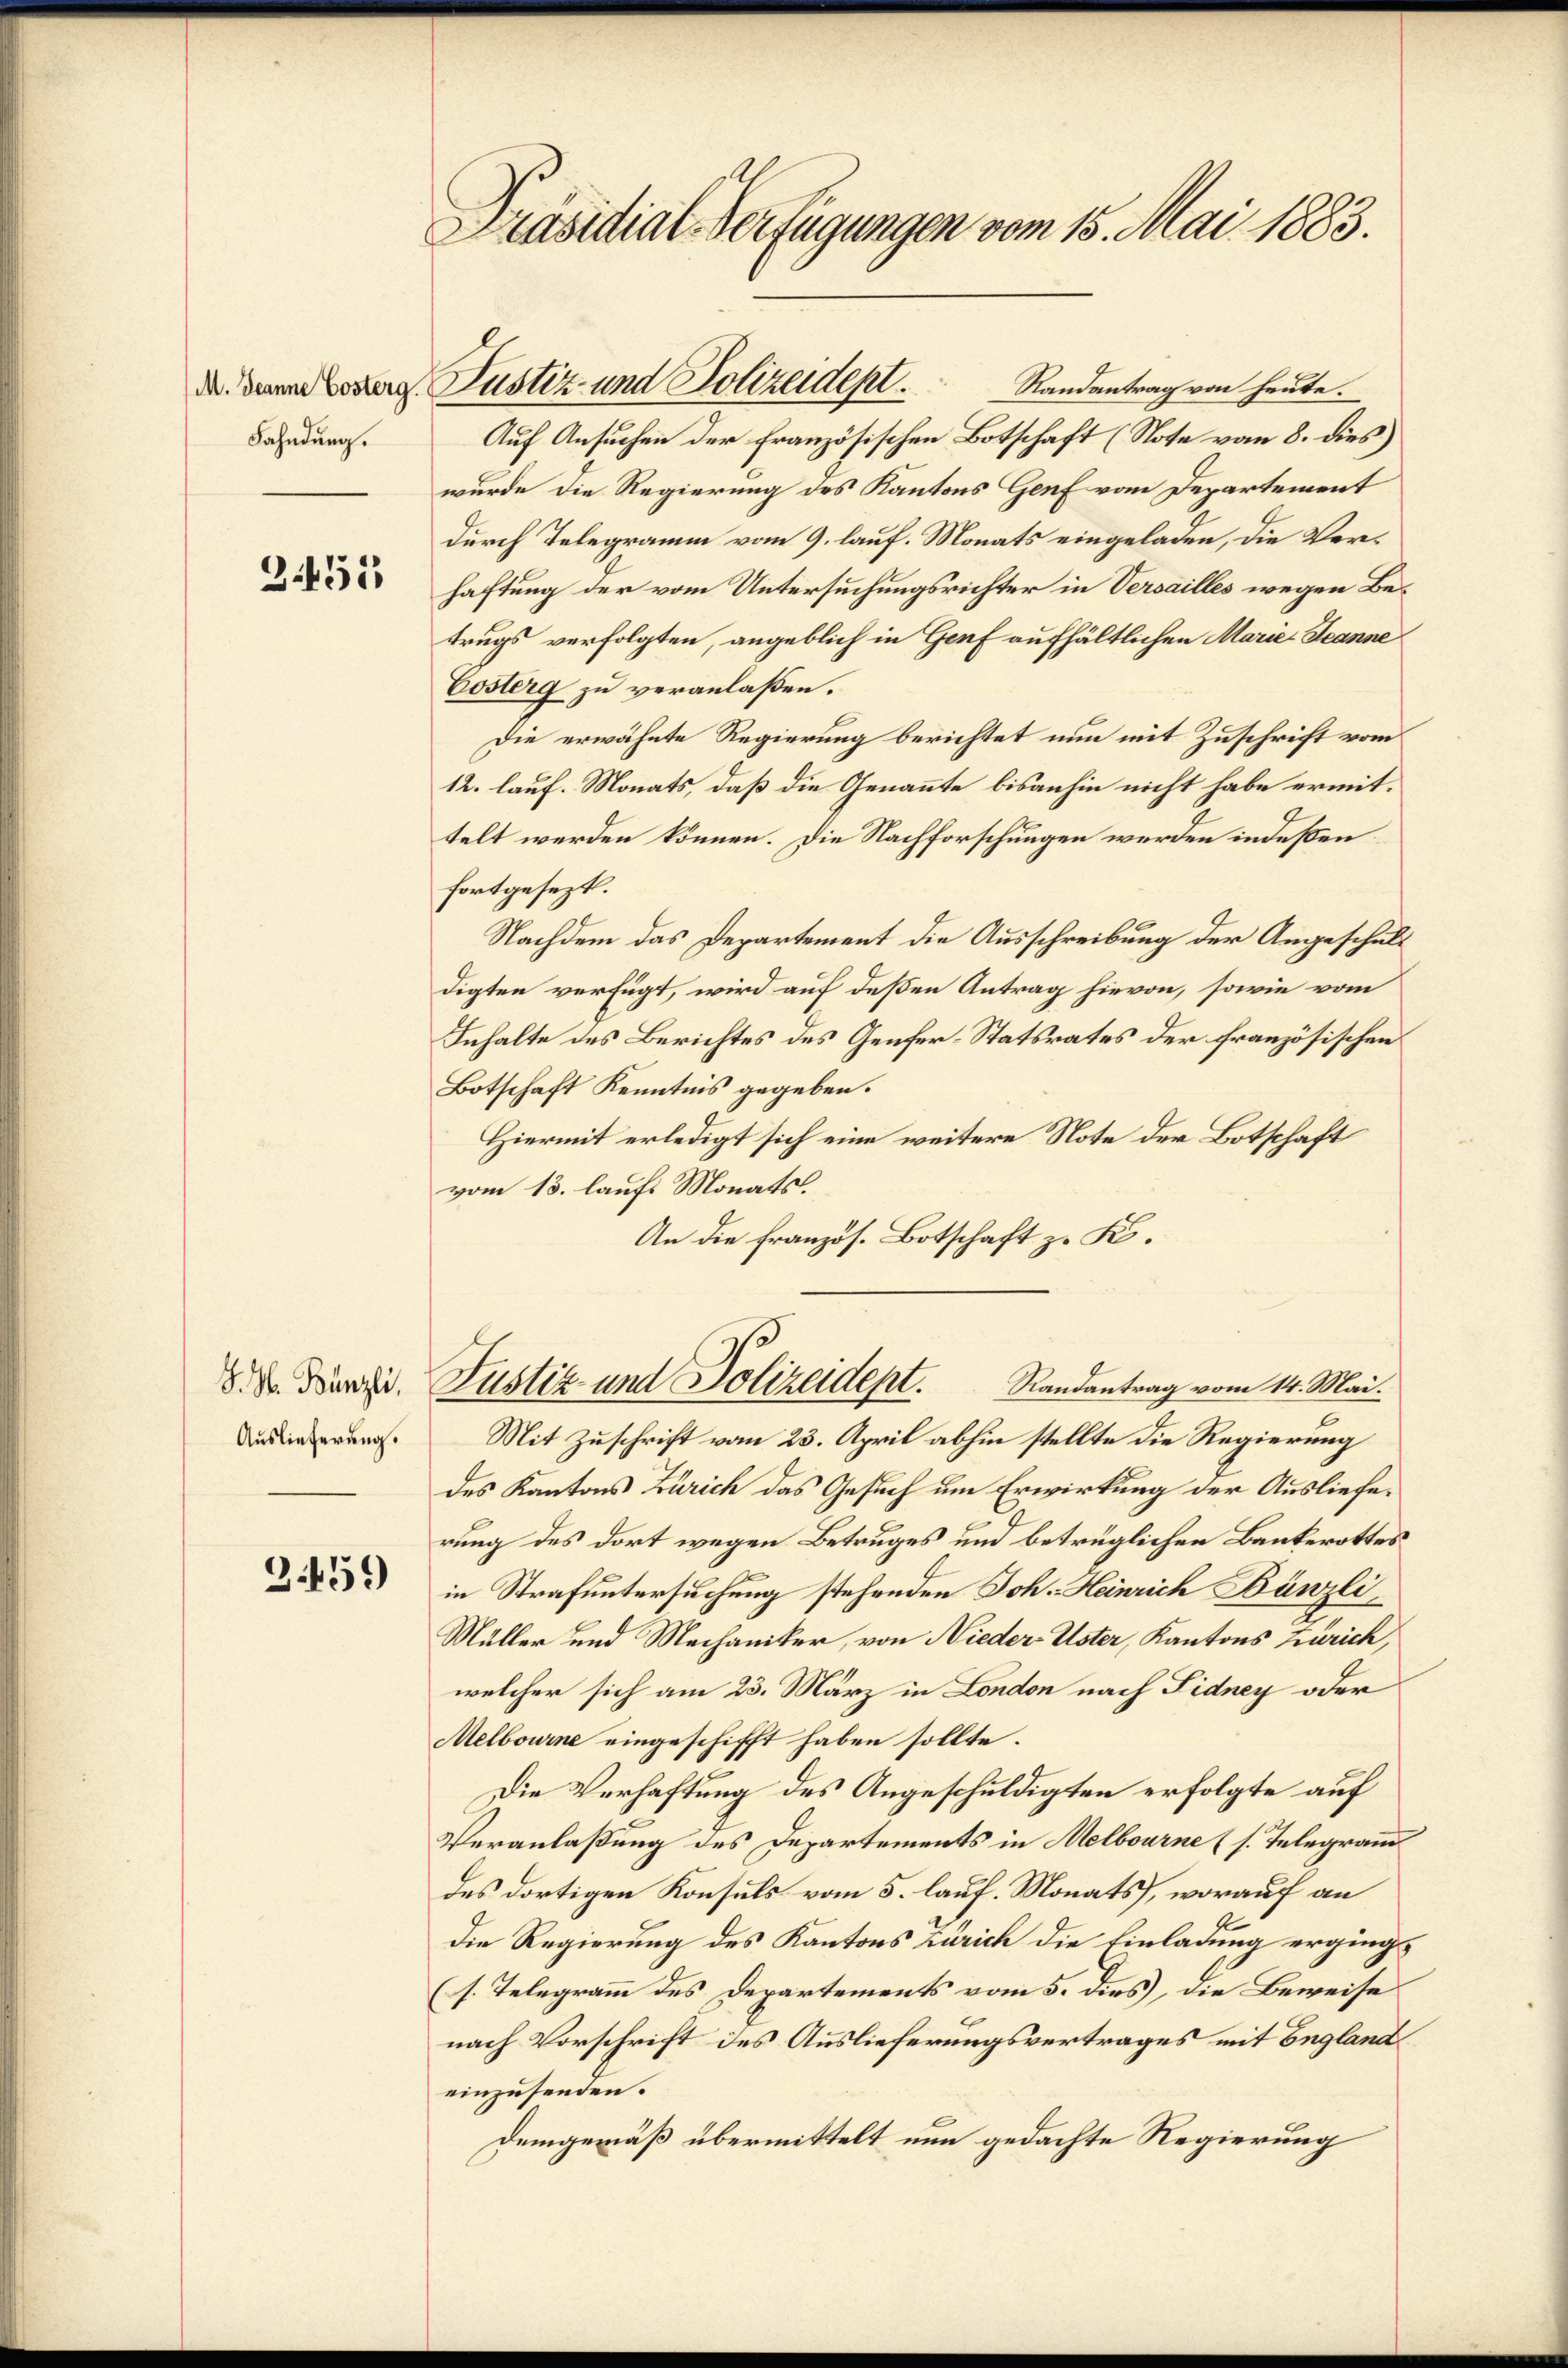
Fahndung.

3451

J. H. Bünzli,
Auslieferung.

3459)

Präsidial-Verfügungen vom 15. Mai 1883.

Randantrag von heute.
Auf Ansuchen der französischen Botschaft (Note vom 8. dies
wurde die Regierung des Kantons Genf vom Departement
durch Telegramm vom 9. lauf. Monats eingeladen, die Verhaftung der vom Untersuchungsrichter in Versailles wegen Betrugs verfolgten, angeblich in Genf aufhältlichen Marie Jeanne
Costerg zu veranlaßen.
Die erwähnte Regierung berichtet nun mit Zuschrift vom
12. lauf. Monats, daß die Genannte bisanhin nicht habe ermittelt werden können. Die Nachforschungen werden indeßen
fortgesezt.
Nachdem das Departement die Ausschreibung der Angeschuldigten verfügt, wird auf deßen Antrag hievon, sowie vom
Inhalte des Berichtes des Genfer-Statsrates der französischen
Botschaft Kenntnis gegeben.
Hiermit erledigt sich eine weitere Note der Botschaft
vom 13. laufs Monats.
An die Französ. Botschaft z. K.

d. Dann Koster Justiz- und Polizeident.

Justiz- und Polizeidept. Randantrag vom 14. Mai.

Mit Zuschrift vom 23. April abhin stellte die Regierung
des Kantons Zürich das Gesuch um Erwirkung der Auslieferung des dort wegen Betruges und betrüglichen Bankerottes
in Strafuntersuchung stehenden Joh. Heinrich Bünzli,
Müller und Mechaniker, von Nieder-Uster, Kantons Zürich,
welcher sich am 23. März in London nach Sidney oder
Melbourne eingeschifft haben sollte.
Die Verhaftung des Angeschuldigten erfolgte auf
Veranlaßung des Departements in Melbourne (s. Telegramm
des dortigen Konsuls vom 5. lauf. Monats, worauf an
die Regierung des Kantons Zürich die Einladung erging¬
(s. Telegramm des Departements vom 5. dies, die Beweise
nach Vorschrift des Auslieferungsvertrages mit England
einzusenden.
Demgemäß übermittelt nun gedachte Regierung